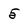
Character: 5